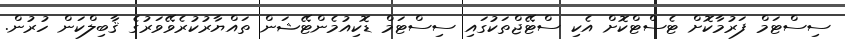
ސިސްޓަމް ފަރުމާކޮށް ޓެސްޓްކޮށް އެކި ސްޓޭޖްތަކުގައި ސިސްޓަމް ޑޮކިއުމެންޓޭޝަން ތައްޔާރުކުރެވޭވަރުގެ ޤާބިލްކަން ހުރުން.